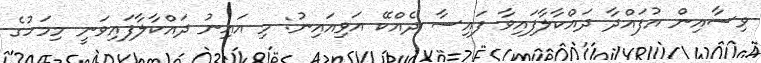
ވިސާއިން އުފައްދާ ދައްކާލާފައިވާ ފައިސާ ދެއްކޭ އަވިއައިނު: މި އައިނު ދައްކާލާފައިވަނީ މިމަހުގެ